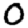
Digit: 0